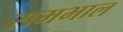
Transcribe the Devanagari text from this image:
समभाल